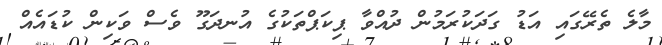
މާލެ ތެރޭގައި އަޑު ގަދަކުރަމުން ދުއްވާ ޕިކަޕްތަކުގެ އުނދަގޫ ވެސް ވަކިން ކުޑައެއް